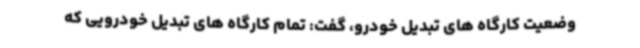
وضعیت کارگاه های تبدیل خودرو، گفت: تمام کارگاه های تبدیل خودرویی که